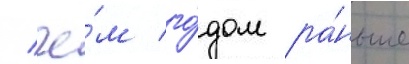
/ че́м го́дом ра́ньше